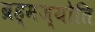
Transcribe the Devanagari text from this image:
ब्रह्मज्योति